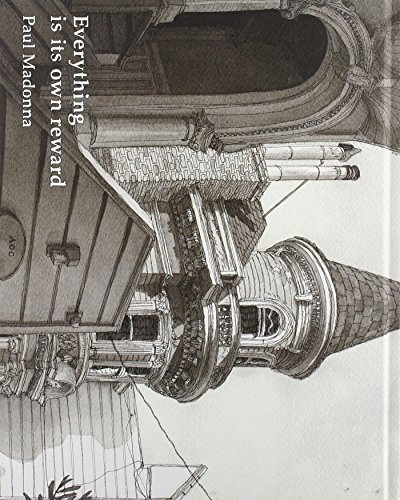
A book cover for Everything Is Its Own Reward: An All Over Coffee Collection; Comics & Graphic Novels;